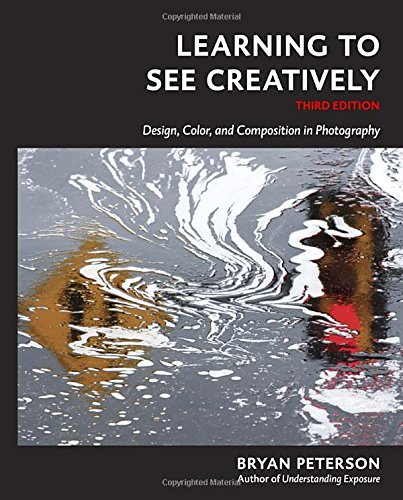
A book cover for Learning to See Creatively, Third Edition: Design, Color, and Composition in Photography; Bryan Peterson; Arts & Photography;